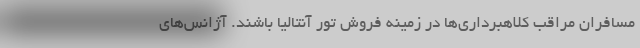
مسافران مراقب کلاهبرداری‌ها در زمینه فروش تور آنتالیا باشند. آژانس‌های